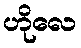
ဟိုလေ